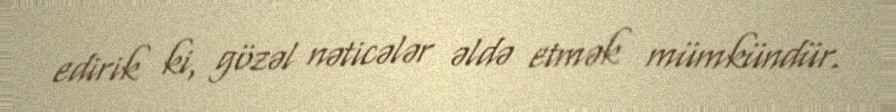
edirik ki, gözəl nəticələr əldə etmək mümkündür.